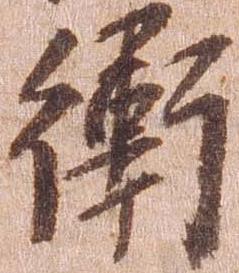
衛